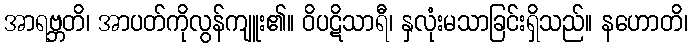
အာရဗ္ဘတိ၊ အာပတ်ကိုလွန်ကျူး၏။ ဝိပဋိသာရီ၊ နှလုံးမသာခြင်းရှိသည်။ နဟောတိ၊